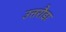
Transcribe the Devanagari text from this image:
उत्तरौडा